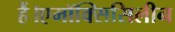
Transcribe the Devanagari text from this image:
हैं।एमॉक्सिसिलीन